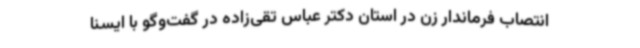
انتصاب فرماندار زن در استان دکتر عباس تقی‌زاده در گفت‌وگو با ایسنا